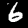
Label: 6